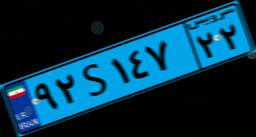
۵۲S۸۵۹۳۱